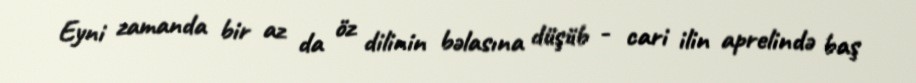
Eyni zamanda bir az da öz dilinin bəlasına düşüb - cari ilin aprelində baş